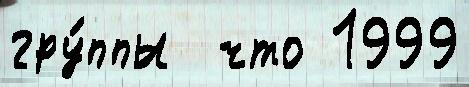
гру́ппы  что 1999